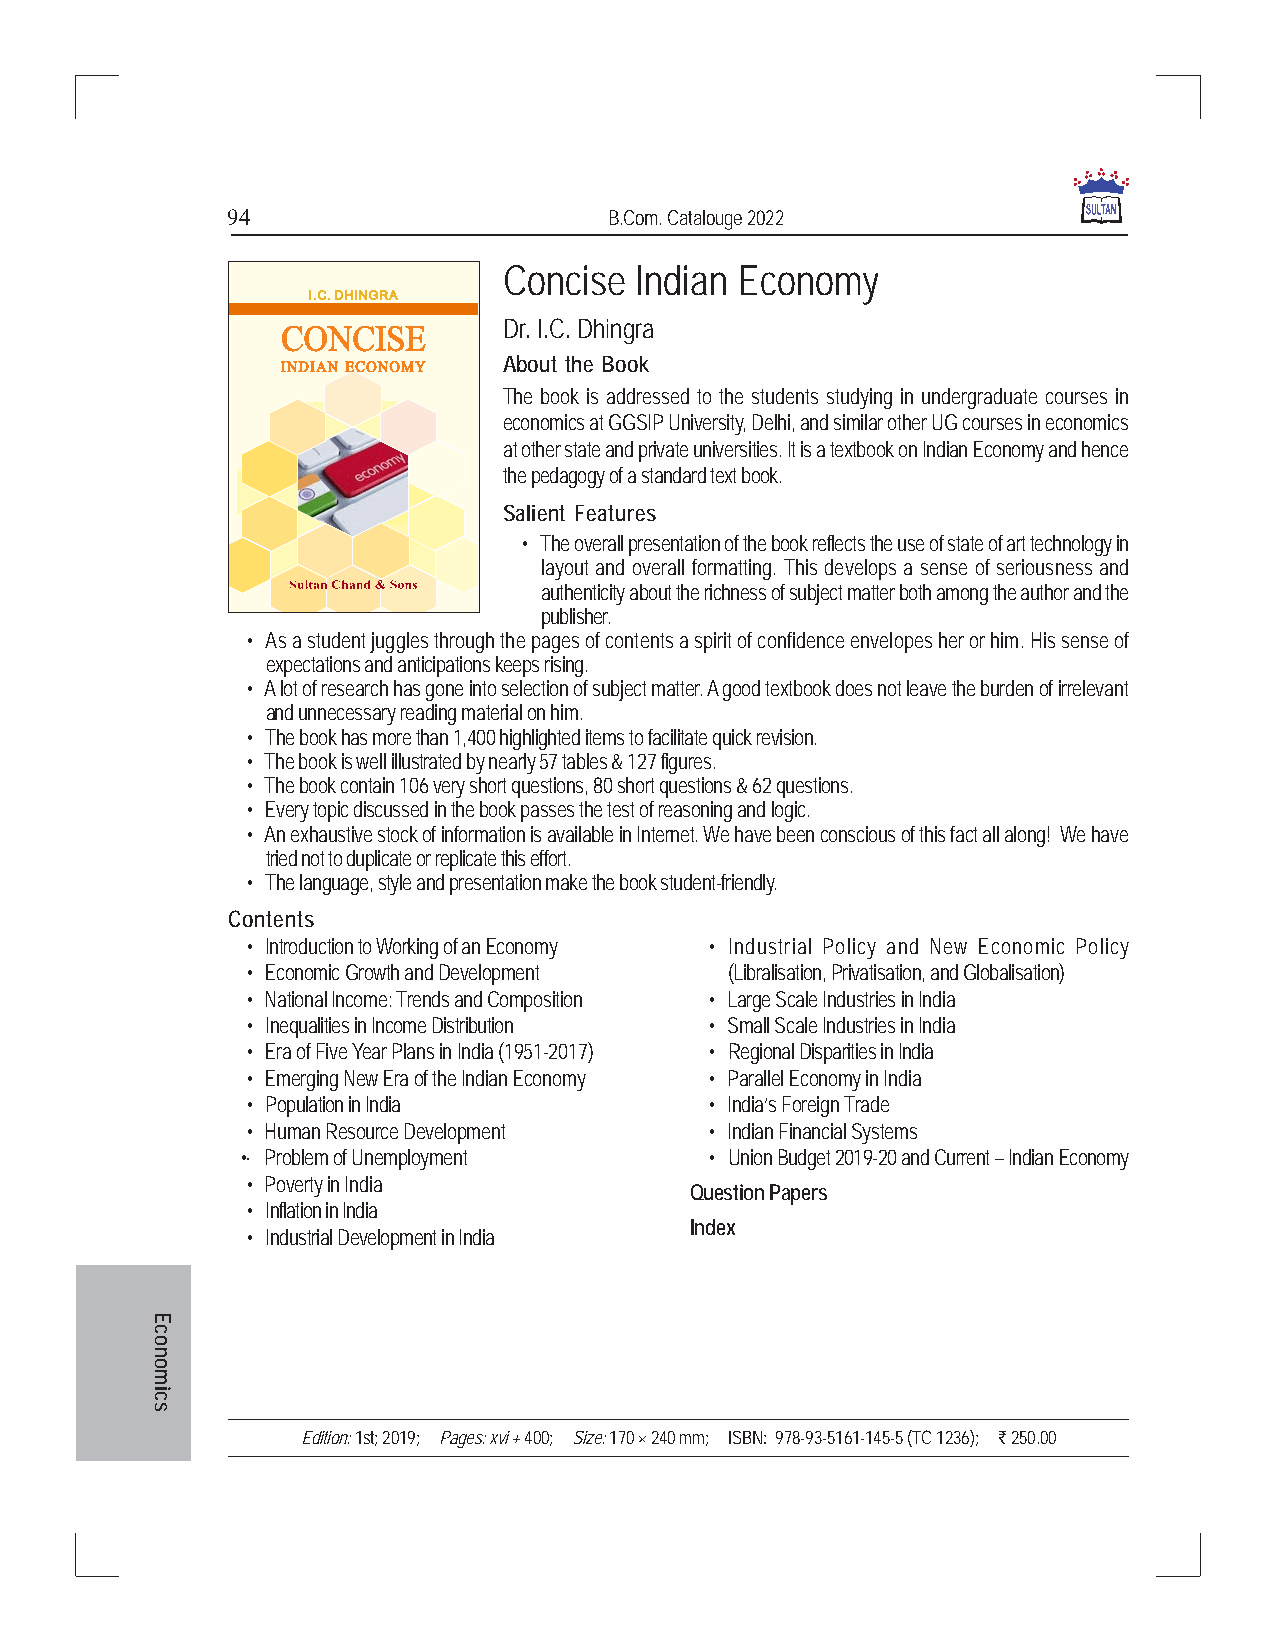
94                       B.Com. Catalouge 2022
 Concise  Indian Economy
 Dr. I.C. Dhingra
 About the Book
 The book is addressed to the students studying in undergraduate courses in
 economics at GGSIP University, Delhi, and similar other UG courses in economics
 at other state and private universities. It is a textbook on Indian Economy and hence
 the pedagogy of a standard text book.
 Salient Features
 • The overall presentation of the book reflects the use of state of art technology in
 layout and overall formatting. This develops a sense of seriousness and
 authenticity about the richness of subject matter both among the author and the
 publisher.
 • As a student juggles through the pages of contents a spirit of confidence envelopes her or him. His sense of
 expectations and anticipations keeps rising.
 • A lot of research has gone into selection of subject matter. A good textbook does not leave the burden of irrelevant
 and unnecessary reading material on him.
 • The book has more than 1,400 highlighted items to facilitate quick revision.
 • The book is well illustrated by nearly 57 tables & 127 figures.
 • The book contain 106 very short questions, 80 short questions & 62 questions.
 • Every topic discussed in the book passes the test of reasoning and logic.
 • An exhaustive stock of information is available in Internet. We have been conscious of this fact all along! We have
 tried not to duplicate or replicate this effort.
 • The language, style and presentation make the book student-friendly.
 Contents
 • Introduction to Working of an Economy • Industrial Policy and New Economic Policy
 • Economic Growth and Development (Libralisation, Privatisation, and Globalisation)
 • National Income: Trends and Composition • Large Scale Industries in India
 • Inequalities in Income Distribution • Small Scale Industries in India
 • Era of Five Year Plans in India (1951-2017) • Regional Disparities in India
 • Emerging New Era of the Indian Economy • Parallel Economy in India
 • Population in India          • India’s Foreign Trade
 • Human Resource Development   • Indian Financial Systems
 •· Problem of Unemployment     • Union Budget 2019-20 and Current – Indian Economy
 • Poverty in India
 Question Papers
 • Inflation in India
 Index
 • Industrial Development in India
 Edition: 1st; 2019; Pages: xvi + 400; Size: 170 × 240 mm; ISBN: 978-93-5161-145-5 (TC 1236); ` 250.00
 Economics